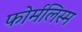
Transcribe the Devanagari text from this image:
फोर्मलिस्म